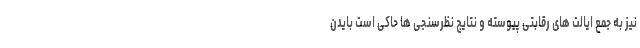
نیز به جمع ایالت های رقابتی پیوسته و نتایج نظرسنجی ها حاکی است بایدن